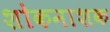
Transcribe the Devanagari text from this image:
शोकनाशक